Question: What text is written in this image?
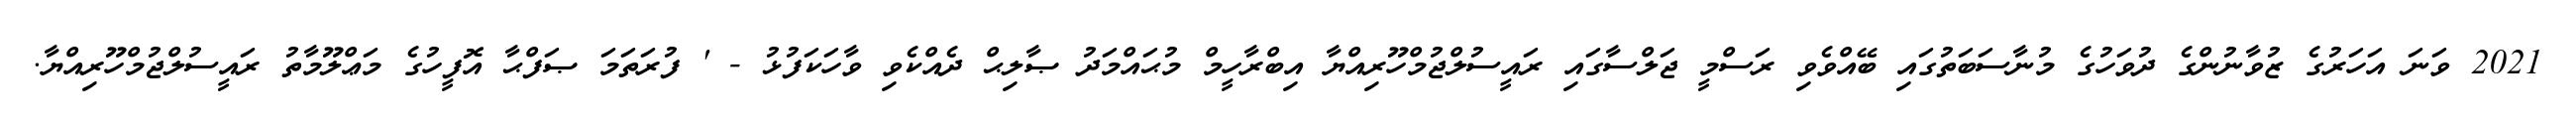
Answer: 2021 ވަނަ އަހަރުގެ ޒުވާނުންގެ ދުވަހުގެ މުނާސަބަތުގައި ބޭއްވެވި ރަސްމީ ޖަލްސާގައި ރައީސުލްޖުމްހޫރިއްޔާ އިބްރާހީމް މުޙައްމަދު ޞާލިޙް ދެއްކެވި ވާހަކަފުޅު - ' ފުރަތަމަ ޞަފްޙާ އޮފީހުގެ މަޢްލޫމާތު ރައީސުލްޖުމްހޫރިއްޔާ.